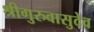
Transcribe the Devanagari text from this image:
श्रीगुरुवासुदेव